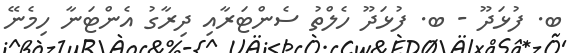
ބ. ފުޅަދޫ - ބ. ފުޅަދޫ ހެލްތު ސެންޓަރާއި ދިރާގު އެންޓަނާ ހިމެނޭ